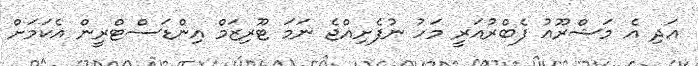
އަދި އެ މަޝްރޫއު ފެބްރުއަރީ މަހު ނުފެށިއްޖެ ނަމަ ޓޫރިޒަމް އިންޑަސްޓްރީން އެކަމަށް